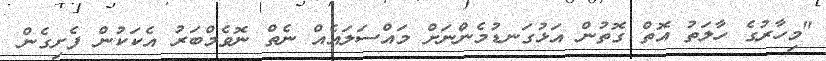
"މިހާރުގެ ހާލަތު އޮތް ގޮތުން އަޅުގަނޑުމެންނަށް މައްސަލައެއް ނެތް ނޮވެމްބަރު އެކަކުން ފެށިގެން